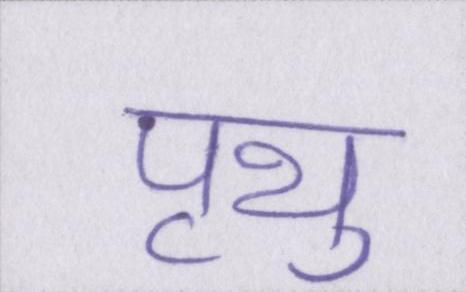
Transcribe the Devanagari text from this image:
पृथु